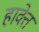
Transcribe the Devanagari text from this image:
हावेत्त